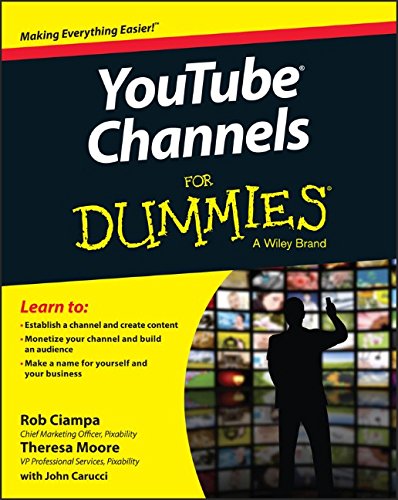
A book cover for YouTube Channels For Dummies; Rob Ciampa; Computers & Technology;